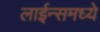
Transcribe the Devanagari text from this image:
लाईन्समध्ये